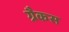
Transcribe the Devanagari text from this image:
ग्रैकस